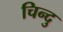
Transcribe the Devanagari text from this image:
चिन्दु